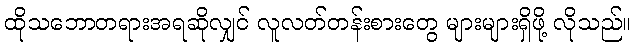
ထိုသဘောတရားအရဆိုလျှင် လူလတ်တန်းစားတွေ များများရှိဖို့ လိုသည်။